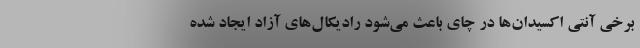
برخی آنتی اکسیدان‌ها در چای باعث می‌شود رادیکال‌های آزاد ایجاد شده